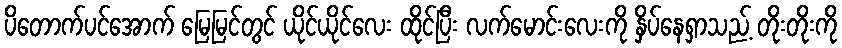
ပိတောက်ပင်အောက် မြေမြင်တွင် ယိုင်ယိုင်လေး ထိုင်ပြီး လက်မောင်းလေးကို နှိပ်နေရှာသည့် တိုးတိုးကို